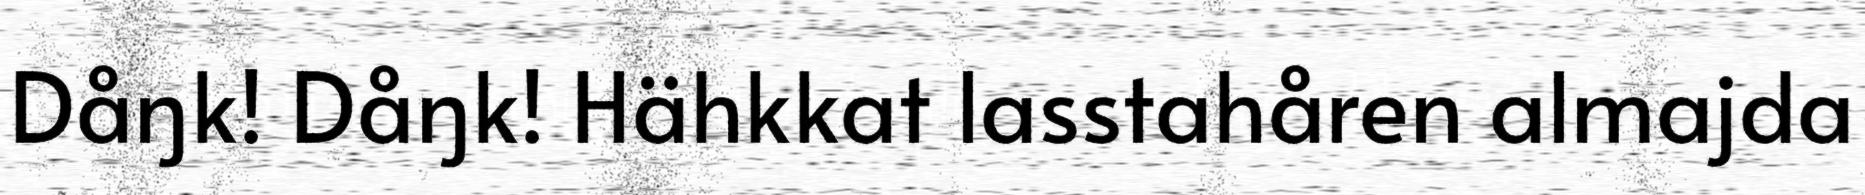
Dåŋk! Dåŋk! Hähkkat lasstahåren almajda